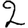
Digit: 2